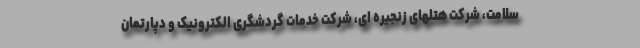
سلامت، شرکت هتلهای زنجیره ای، شرکت خدمات گردشگری الکترونیک و دپارتمان